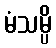
မံသမ္ပိ